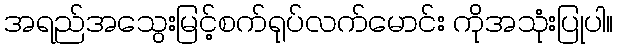
အရည်အသွေးမြင့်စက်ရုပ်လက်မောင်း ကိုအသုံးပြုပါ။